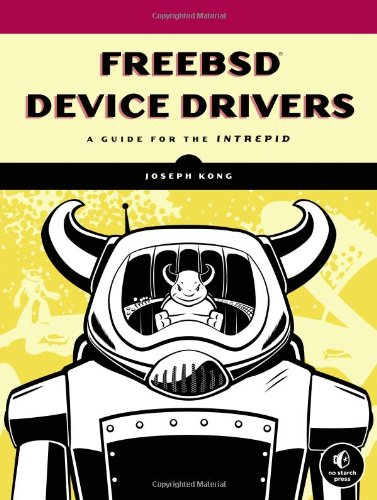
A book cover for FreeBSD Device Drivers: A Guide for the Intrepid; Joseph Kong; Computers & Technology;